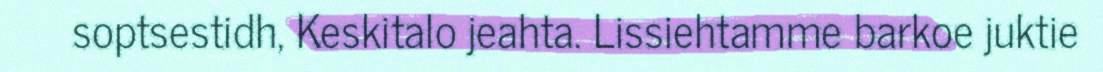
soptsestidh, Keskitalo jeahta. Lissiehtamme barkoe juktie